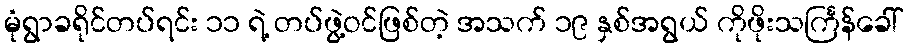
မုံရွာခရိုင်တပ်ရင်း ၁၁ ရဲ့ တပ်ဖွဲ့ဝင်ဖြစ်တဲ့ အသက် ၁၉ နှစ်အရွယ် ကိုဖိုးသင်္ကြန်ခေါ်